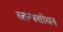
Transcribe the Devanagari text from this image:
स्तन्यशोधन